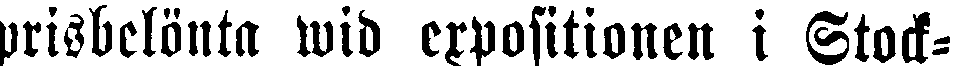
prisbelönta wid expositionen i Stock-